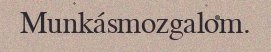
Munkásmozgalom.